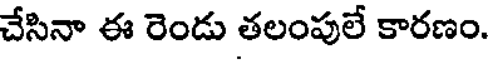
చేసినా ఈ రెండు తలంపులే కారణం.